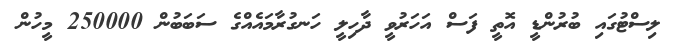
ލިސްޓުގައި ބުރުންޑީ އޮތީ ފަސް އަހަރުވީ ދާހިލީ ހަނގުރާމައެއްގެ ސަބަބުން 250000 މީހުން